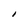
Character: l